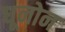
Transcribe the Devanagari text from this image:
धूनोन